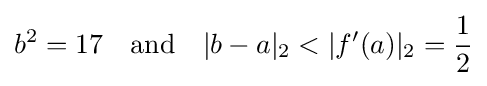
b^{2}=17\quad {\text{and}}\quad |b-a|_{2}<|f'(a)|_{2}={\frac {1}{2}}